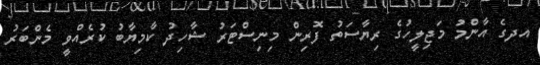
އދގެ އާންމު މަޖިލީހުގެ ރިޔާސަތު ފޮރިން މިނިސްޓަރު ޝާހިދު ކާމިޔާބު ކުރެއްވީ މެންބަރު